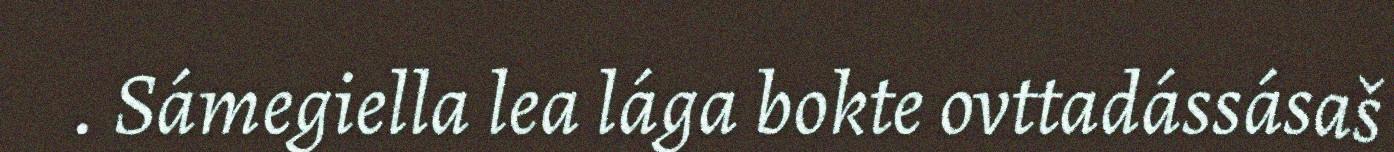
. Sámegiella lea lága bokte ovttadássásaš